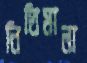
নিতিমালা